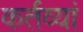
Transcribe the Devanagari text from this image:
कर्तव्यां